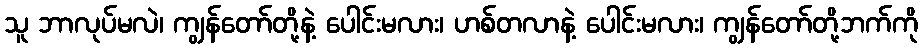
သူ ဘာလုပ်မလဲ၊ ကျွန်တော်တို့နဲ့ ပေါင်းမလား၊ ဟစ်တလာနဲ့ ပေါင်းမလား၊ ကျွန်တော်တို့ဘက်ကို